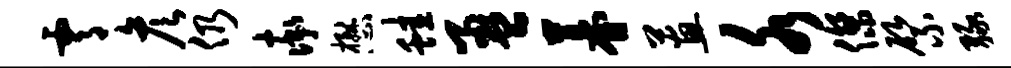
霄彦仍率懋蛙盈暮蕙水杰綮绿